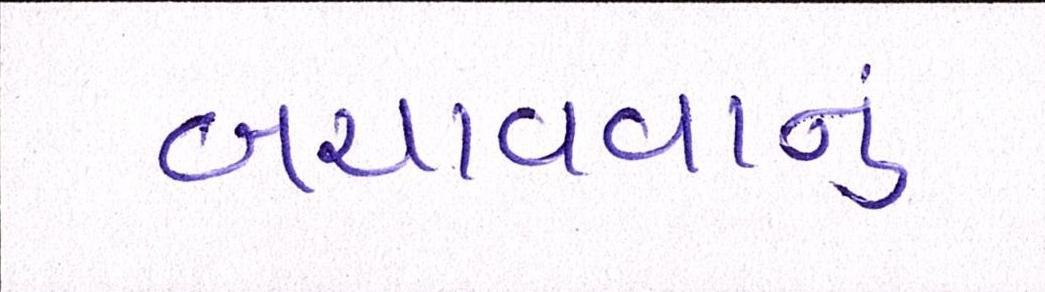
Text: બચાવવાનું